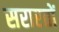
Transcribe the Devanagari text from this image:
सरारतों